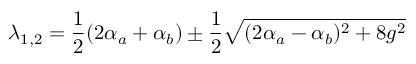
\lambda _ { 1 , 2 } = \frac { 1 } { 2 } ( 2 \alpha _ { a } + \alpha _ { b } ) \pm \frac { 1 } { 2 } \sqrt { ( 2 \alpha _ { a } - \alpha _ { b } ) ^ { 2 } + 8 g ^ { 2 } }